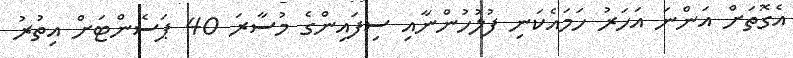
އެގޮތަށް އަންނަ އަހަރު ހަމައެކަނި ފުލުހުންނާއި ސިފައިންގެ މުސާރަ 40 ޕަސެންޓަށް އިތުރު